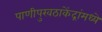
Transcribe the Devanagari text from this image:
पाणीपुरवठाकेंद्रांमध्ये